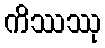
ကိဿဿု